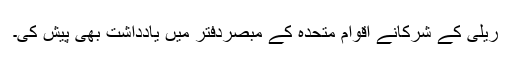
ریلی کے شرکانے اقوام متحدہ کے مبصردفتر میں یادداشت بھی پیش کی۔